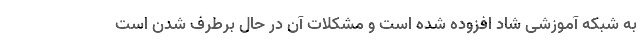
به شبکه آموزشی شاد افزوده شده است و مشکلات آن در حال برطرف شدن است